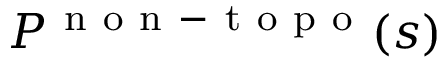
{ \cal { P } } ^ { \mathrm { ~ n ~ o ~ n ~ - ~ t ~ o ~ p ~ o ~ } } ( s )